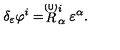
\delta _ { \varepsilon } \varphi ^ { i } = \stackrel { \smash { ( 0 ) } } { R } _ { \alpha } ^ { i } \varepsilon ^ { \alpha } .